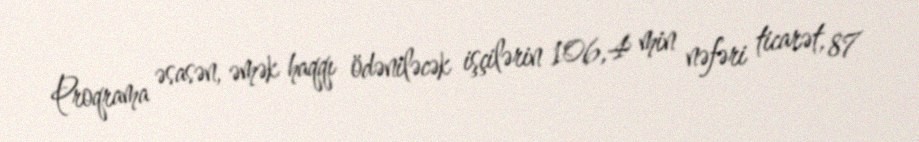
Proqrama əsasən, əmək haqqı ödəniləcək işçilərin 106,4 min nəfəri ticarət, 87